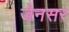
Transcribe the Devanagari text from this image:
जेनसर